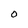
Character: O